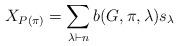
LaTeX: \begin{align*} X_{P(\pi)} = \sum_{\lambda \vdash n} b(G,\pi,\lambda) s_\lambda \end{align*}